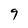
Character: 9